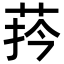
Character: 𦰄